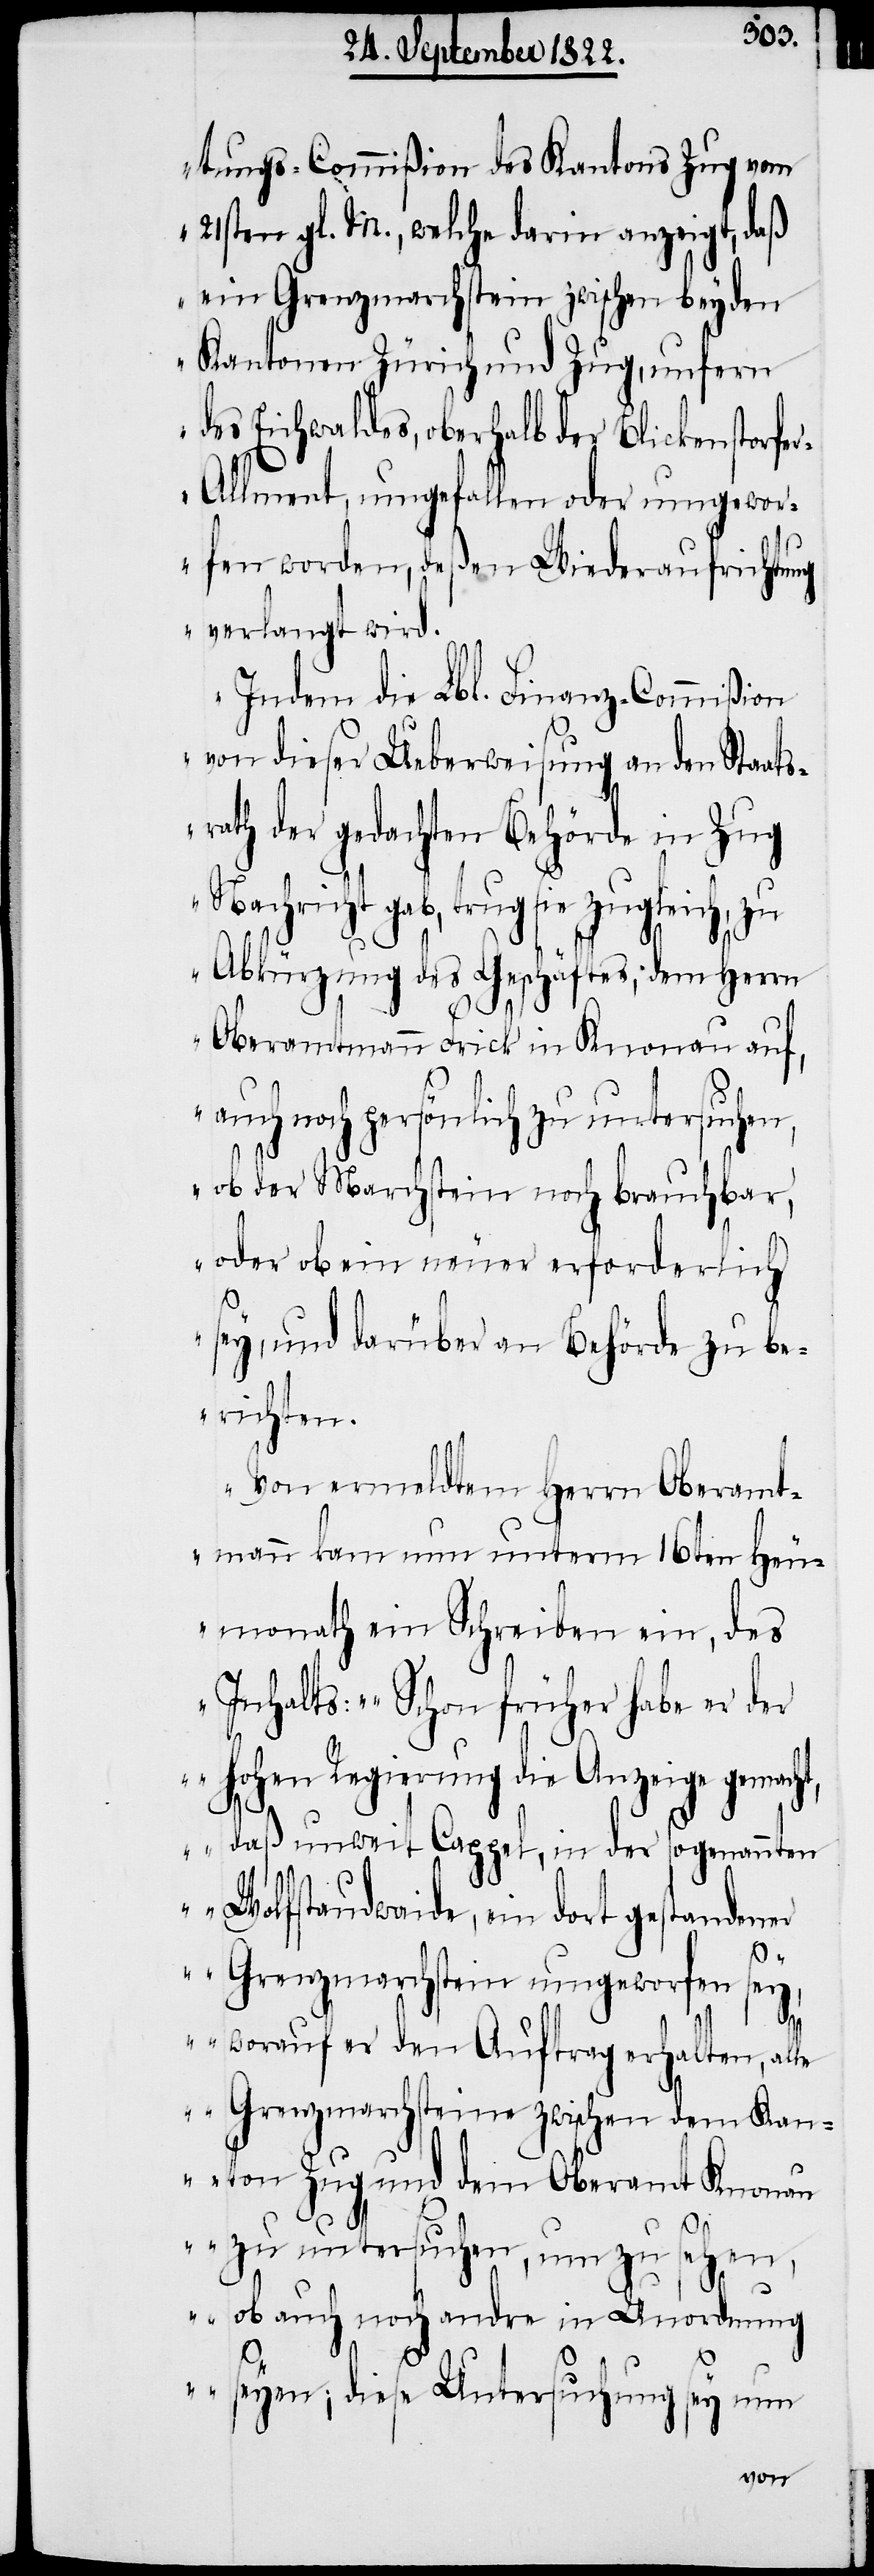
tungs-Commißion des Kantons Zug vom
21sten gl. M., welche darin anzeigt, daß
ein Grenzmarchstein zwischen beyden
Kantonen Zürich und Zug, unfern
des Eichwaldes, oberhalb der Blickenstorfe¬
r-Allment, umgefallen oder umgewor¬
fen worden, deßen Wiederaufrichtung
verlangt wird.“
Indem die Lbl. Finanz-Commißion
von dieser Ueberweisung an den Staats¬
rath der gedachten Behörde in Zug
Nachricht gab, trug sie zugleich, zu
Abkürzung des Geschäftes; dem Herrn
Oberamtmann Frick in Knonau auf,
auch noch persönlich zu untersuchen,
ob der Marchstein noch brauchbar,
oder ob ein neuer erforderlich
sey, und darüber an Behörde zu be¬
richten.
Von ermeldten Herrn Oberamt¬
mann kann nun unterm 16ten Heu¬
monath ein Schreiben ein, des
Inhalts: „Schon früher habe er
der Hohen Regierung die Anzeige gemacht,
daß unweit Cappel, in der sogenannten
Wolfstaudwaide, ein dort gestanden¬
er Grenzmarchstein umgeworfen sey,
worauf er den Auftrag erhalten, all¬
e Grenzmarchsteine zwischen dem Kan¬
ton Zug und dem Oberamt Knonau
zu untersuchen, um zu sehen,
ob auch noch andre in Unordnung
seyen; diese Untersuchung sey nun